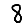
Digit: 8